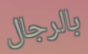
بالرجال